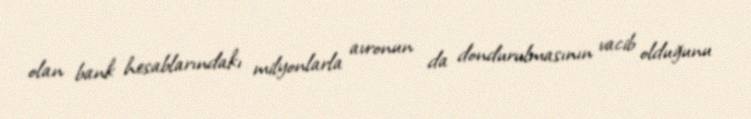
olan bank hesablarındakı milyonlarla avronun da dondurulmasının vacib olduğunu